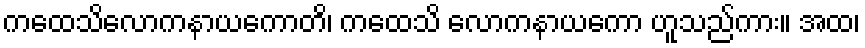
ကထေသိလောကနာယကောတိ၊ ကထေသိ လောကနာယကော ဟူသည်ကား။ အထ၊